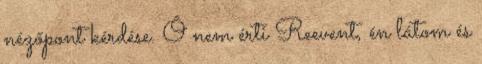
nézőpont kérdése. Ő nem érti Reevent, én látom és